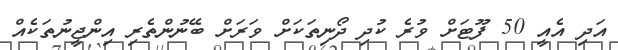
އަދި އެއީ 50 ފޫޓަށް ވުރެ ކުދި ދޯނިތަކަށް ވަރަށް ބޭނުންތެރި އިންޖީނުތަކެއް